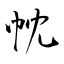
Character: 帎